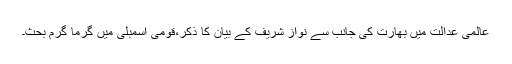
عالمی عدالت میں بھارت کی جانب سے نواز شریف کے بیان کا ذکر،قومی اسمبلی میں گرما گرم بحث۔